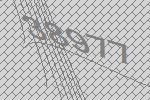
38977